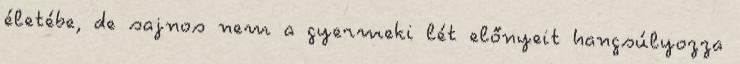
életébe, de sajnos nem a gyermeki lét előnyeit hangsúlyozza